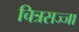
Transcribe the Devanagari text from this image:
चित्रसज्जा